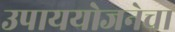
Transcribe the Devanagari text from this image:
उपाययोजनेचा